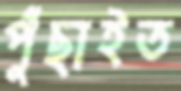
পুঁছাইত